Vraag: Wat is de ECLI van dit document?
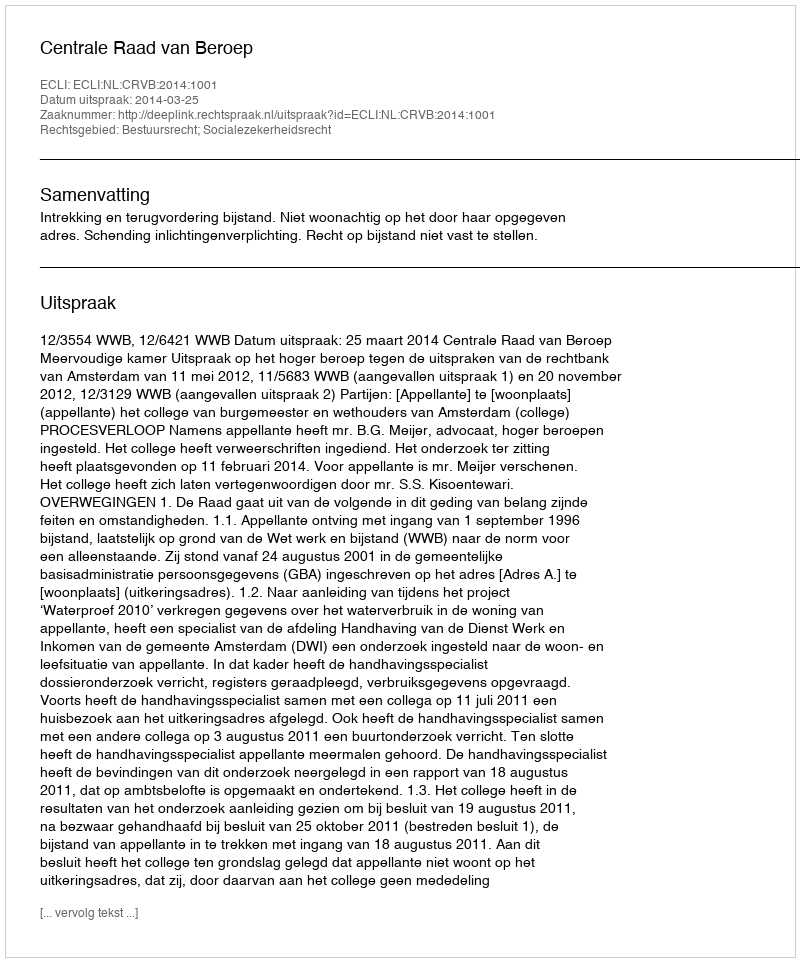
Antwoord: ECLI:NL:CRVB:2014:1001